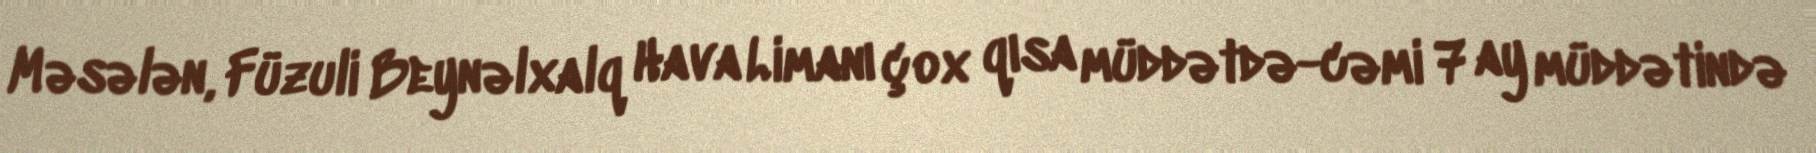
Məsələn, Füzuli Beynəlxalq Hava Limanı çox qısa müddətdə-cəmi 7 ay müddətində